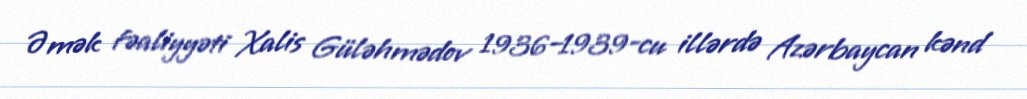
Əmək fəaliyyəti Xalis Güləhmədov 1936–1939-cu illərdə Azərbaycan kənd